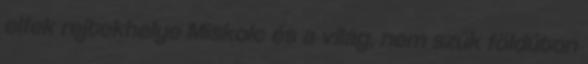
elfek rejtekhelye Miskolc és a világ, nem szűk földúton